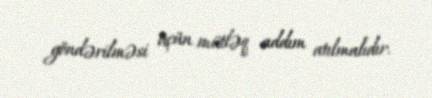
göndərilməsi üçün mütləq addım atılmalıdır.